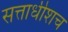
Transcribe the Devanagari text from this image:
सत्ताधीशच